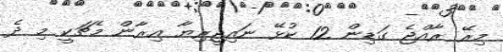
މިރޭ ރާއްޖެ ގަޑިން 12 ކުޅޭ ނައިޖީރިޔާ އިރާން މެޗަކީ މި ދެ